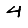
Digit: 4